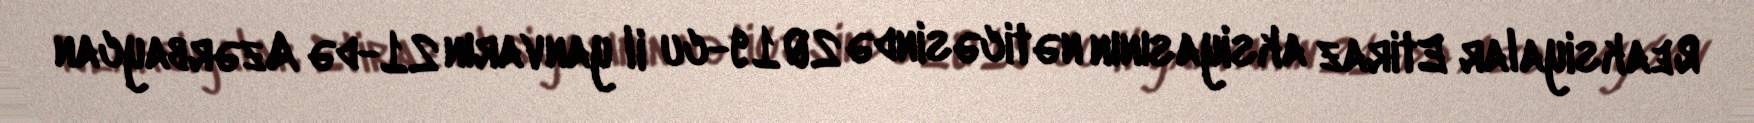
Reaksiyalar Etiraz aksiyasının nəticəsində 2019-cu il yanvarın 21-də Azərbaycan